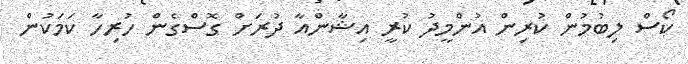
ކޯސް ލިބުމުން ކުރިން އުންމީދު ކުރީ އިޝާންއާ ދުރަށް ގޮސްގެން ހުރިހާ ކަމަކުން